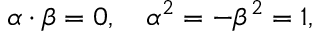
\alpha \cdot \beta = 0 , \quad \alpha ^ { 2 } = - \beta ^ { 2 } = 1 ,